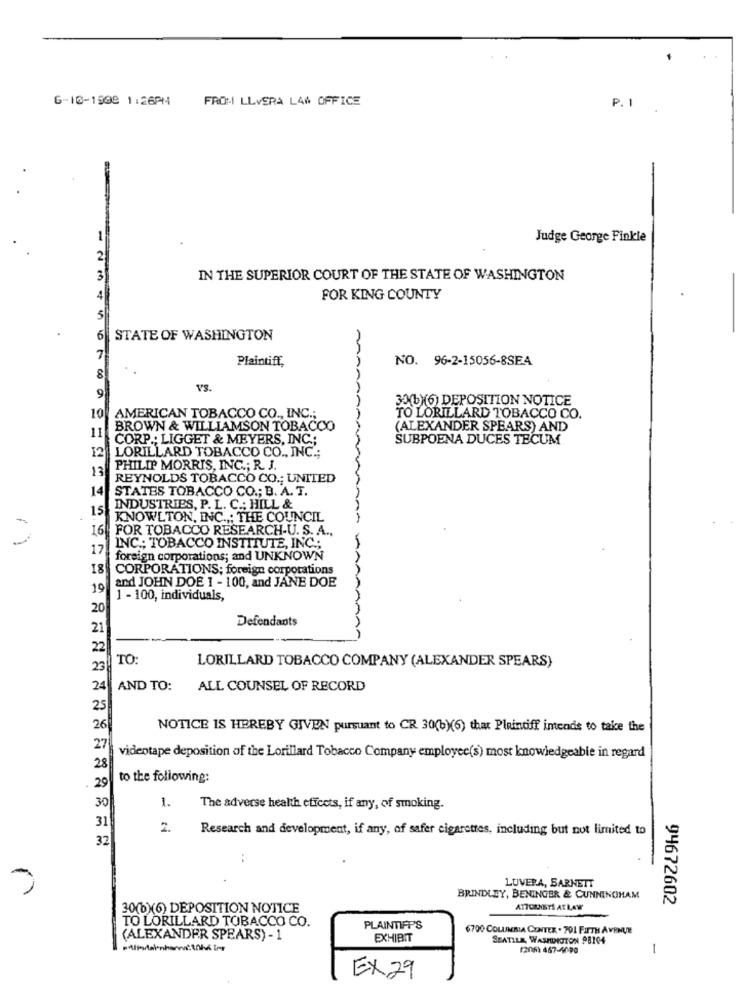
6-10-1998 1:26PM
P.
FROM LLVERA LAW OFFICE
Judge George Finkle
2
3
IN THE SUPERIOR COURT OF THE STATE OF WASHINGTON
4
FOR KING COUNTY
5
6
STATE OF WASHINGTON
7
Plaintiff,
NO. 96-2-15056-8SEA
VS.
9
30(b)(6) DEPOSITION NOTICE
10
AMERICAN TOBACCO CO ., INC .;
TO LORILLARD TOBACCO CO.
BROWN & WILLIAMSON TOBACCO
(ALEXANDER SPEARS) AND
11
CORP .: LIGGET & MEYERS, INC .;
SUBPOENA DUCES TECUM
LORILLARD TOBACCO CO ., INC .;
12
13
PHILIP MORRIS, INC .; R. J.
REYNOLDS TOBACCO CO .; UNITED
14
STATES TOBACCO CO .; B. A. T.
15
INDUSTRIES, P. L. C .; HILL &
KNOWLTON, INC .,: THE COUNCIL
16
FOR TOBACCO RESEARCH-U. S. A .,
17 INC .; TOBACCO INSTITUTE, INC .;
foreign corporations; and UNKNOWN
18
CORPORATIONS; foreign corporations
and JOHN DOE 1 - 100, and JANE DOE
19
1 - 100, individuals,
20
Defendants
21
22
TO
23
LORILLARD TOBACCO COMPANY (ALEXANDER SPEARS)
24
AND TO:
ALL COUNSEL OF RECORD
25
26
NOTICE IS HEREBY GIVEN pursuant to CR 30(b)(6) that Plaintiff intends to take the
27
videotape deposition of the Lorillard Tobacco Company employee(s) most knowledgeable in regard
28
29
to the following:
1.
30
The adverse health cticcts, if any, of smoking.
31
2.
Research and development, if any, of safer cigarettes, including but not limited to
32
..
LUVERA, BARNETT
BRINDLEY, BENINGER & CUNNINGHAM
94672602
30(b)(6) DEPOSITION NOTICE
ATTORNEYS AT LAW
TO LORILLARD TOBACCO CO.
PLAINTIFF'S
6700 COLUMBIA CENTER . 701 FIFTH AVENUE
(ALEXANDER SPEARS) - 1
EXHIBIT
SEATTLE, WASHINGTON 98104
(206) 467-4090
-
EX.29